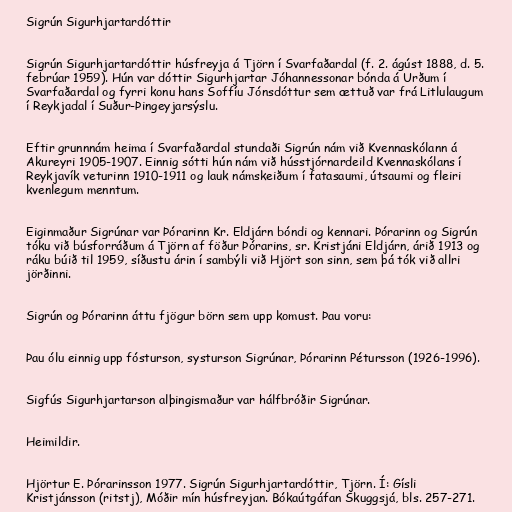
Sigrún Sigurhjartardóttir

Sigrún Sigurhjartardóttir húsfreyja á Tjörn í Svarfaðardal (f. 2. ágúst 1888, d. 5.
febrúar 1959). Hún var dóttir Sigurhjartar Jóhannessonar bónda á Urðum í
Svarfaðardal og fyrri konu hans Soffíu Jónsdóttur sem ættuð var frá Litlulaugum
í Reykjadal í Suður-Þingeyjarsýslu.

Eftir grunnnám heima í Svarfaðardal stundaði Sigrún nám við Kvennaskólann á
Akureyri 1905-1907. Einnig sótti hún nám við hússtjórnardeild Kvennaskólans í
Reykjavík veturinn 1910-1911 og lauk námskeiðum í fatasaumi, útsaumi og fleiri
kvenlegum menntum.

Eiginmaður Sigrúnar var Þórarinn Kr. Eldjárn bóndi og kennari. Þórarinn og Sigrún
tóku við búsforráðum á Tjörn af föður Þórarins, sr. Kristjáni Eldjárn, árið 1913 og
ráku búið til 1959, síðustu árin í sambýli við Hjört son sinn, sem þá tók við allri
jörðinni.

Sigrún og Þórarinn áttu fjögur börn sem upp komust. Þau voru:

Þau ólu einnig upp fósturson, systurson Sigrúnar, Þórarinn Pétursson (1926-1996).

Sigfús Sigurhjartarson alþingismaður var hálfbróðir Sigrúnar.

Heimildir.

Hjörtur E. Þórarinsson 1977. Sigrún Sigurhjartardóttir, Tjörn. Í: Gísli
Kristjánsson (ritstj), Móðir mín húsfreyjan. Bókaútgáfan Skuggsjá, bls. 257-271.